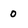
Character: 0